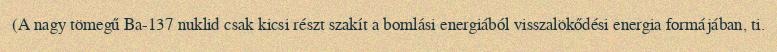
(A nagy tömegű Ba-137 nuklid csak kicsi részt szakít a bomlási energiából visszalökődési energia formájában, ti.